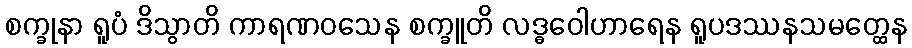
စက္ခုနာ ရူပံ ဒိသွာတိ ကာရဏဝသေန စက္ခူတိ လဒ္ဓဝေါဟာရေန ရူပဒဿနသမတ္ထေန